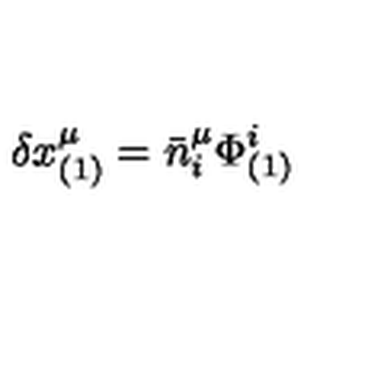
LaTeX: \delta x _ { ( 1 ) } ^ { \mu } = \bar { n } _ { i } ^ { \mu } \Phi _ { ( 1 ) } ^ { i }